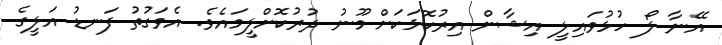
އޭނާ ލޯ ހުޅުވައިލީ އިޝާން އިރުކޮޅަކަށް މޫނު ދުރުކޮށްލީމައެވެ. އެވަގުތު ފަނޑު އަލީގެ